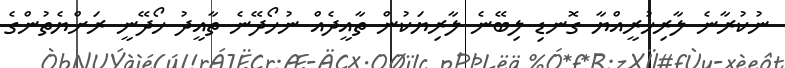
ނުކުރާނެ ލާރިހުރީއްޔާ ގޮނޑި ލިބޭނެ ލާރިޔަކުން ތާއީދެއް ނުހޯދޭނެ ތާއީދު ހޯދޭނީ ރަށްޔެތުންގެ